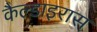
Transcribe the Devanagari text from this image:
कैल्डाइरास